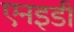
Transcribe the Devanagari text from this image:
एनइडी